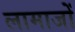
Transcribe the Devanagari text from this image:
लामाजों